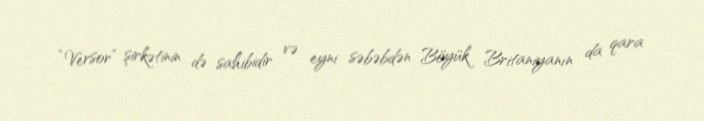
“Versor” şirkətinin də sahibidir və eyni səbəbdən Böyük Britaniyanın da qara